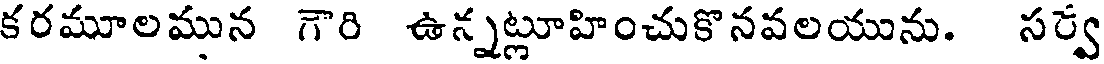
కరమూలమున గౌరి ఉన్నట్లూహించుకొనవలయును. సర్వ